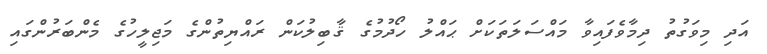
އަދި މިވަގުތު ދިމާވެފައިވާ މައްސަލަތަކަށް ޙައްލު ހޯދުމުގެ ޤާބިލުކަން ރައްޔިތުންގެ މަޖިލީހުގެ މެންބަރުންގައި